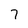
Character: 7